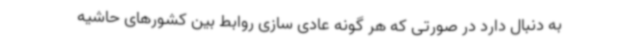
به دنبال دارد در صورتی که هر گونه عادی سازی روابط بین کشورهای حاشیه